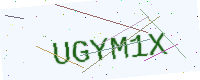
Text: UGYM1X